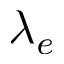
\lambda _ { e }